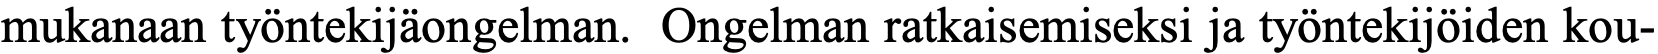
mukanaan työntekijäongelman. Ongelman ratkaisemiseksi ja työntekijöiden kou-